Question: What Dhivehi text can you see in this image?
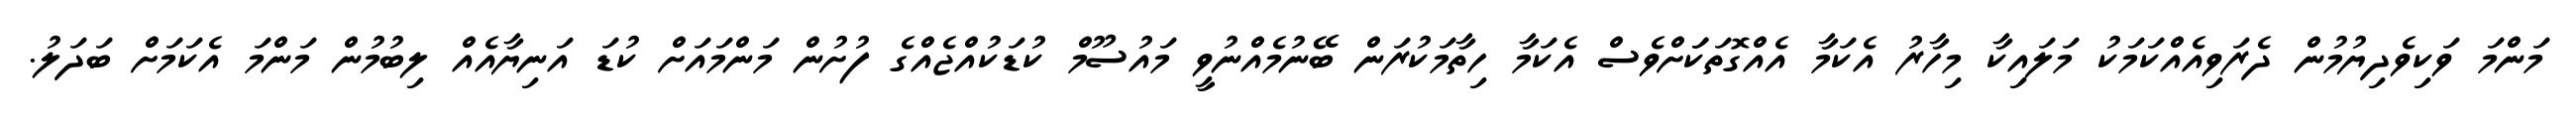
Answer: މަންމަ ވަކިވެދިޔުމުން ދެރަވިއެއްކަމަކު މަލައިކާ މިހާރު އެކަމާ އެއްގޮތަކަަށްވެސް އެކަމާ ހިތާމަކުރަން ބޭނުމެއްނުވީ މައުސޫމް ކުޑަކުއްޖެއްގެ ފުށުން މަންމައަށް ކުޑަ އަނިޔާއެއް ލިބުމުން މަންމަ އެކަމަށް ބަދަލު.